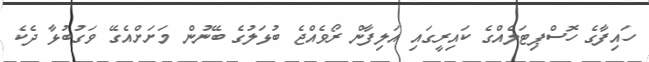
ހައިފާގެ ހޮސްޕިޓަލެއްގެ ކައިރީގައި އަލިފާން ރޯވެއްޖެ ބުޅަލުގެ ބޭނުން މަށަށްއެގޭ ވަގުބުޅާ ދެކެ